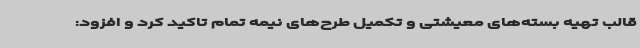
قالب تهیه بسته‌های معیشتی و تکمیل طرح‌های نیمه تمام تاکید کرد و افزود: